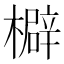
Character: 檘